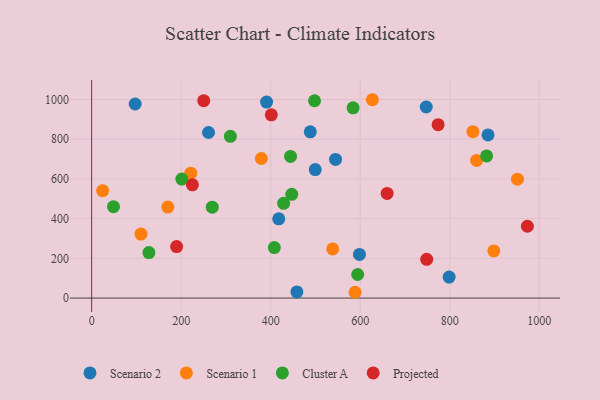
{"axis": {"x": "Distance", "y": "Salary"}, "legend": ["Cluster A", "Projected", "Scenario 1", "Scenario 2"], "data": [{"x": "488.4", "y": 836.8, "type": "Scenario 2"}, {"x": "261.1", "y": 833.7, "type": "Scenario 2"}, {"x": "97.2", "y": 977.1, "type": "Scenario 2"}, {"x": "747.5", "y": 962.0, "type": "Scenario 2"}, {"x": "390.8", "y": 987.0, "type": "Scenario 2"}, {"x": "544.8", "y": 698.2, "type": "Scenario 2"}, {"x": "798.6", "y": 105.8, "type": "Scenario 2"}, {"x": "885.5", "y": 821.4, "type": "Scenario 2"}, {"x": "458.5", "y": 30.8, "type": "Scenario 2"}, {"x": "598.2", "y": 219.7, "type": "Scenario 2"}, {"x": "499.5", "y": 646.7, "type": "Scenario 2"}, {"x": "417.9", "y": 399.1, "type": "Scenario 2"}, {"x": "221.4", "y": 628.7, "type": "Scenario 1"}, {"x": "24.5", "y": 540.5, "type": "Scenario 1"}, {"x": "951.2", "y": 598.4, "type": "Scenario 1"}, {"x": "627.1", "y": 998.6, "type": "Scenario 1"}, {"x": "170.1", "y": 458.0, "type": "Scenario 1"}, {"x": "898.4", "y": 237.6, "type": "Scenario 1"}, {"x": "110.2", "y": 322.3, "type": "Scenario 1"}, {"x": "538.5", "y": 247.5, "type": "Scenario 1"}, {"x": "588.4", "y": 29.2, "type": "Scenario 1"}, {"x": "859.9", "y": 692.8, "type": "Scenario 1"}, {"x": "379.1", "y": 702.7, "type": "Scenario 1"}, {"x": "851.7", "y": 837.7, "type": "Scenario 1"}, {"x": "428.9", "y": 476.9, "type": "Cluster A"}, {"x": "882.4", "y": 715.9, "type": "Cluster A"}, {"x": "408.1", "y": 254.1, "type": "Cluster A"}, {"x": "444.3", "y": 713.3, "type": "Cluster A"}, {"x": "447.0", "y": 522.3, "type": "Cluster A"}, {"x": "48.8", "y": 460.1, "type": "Cluster A"}, {"x": "127.9", "y": 229.3, "type": "Cluster A"}, {"x": "309.9", "y": 814.2, "type": "Cluster A"}, {"x": "201.4", "y": 599.0, "type": "Cluster A"}, {"x": "269.4", "y": 457.7, "type": "Cluster A"}, {"x": "584.0", "y": 957.8, "type": "Cluster A"}, {"x": "497.9", "y": 993.4, "type": "Cluster A"}, {"x": "594.3", "y": 118.6, "type": "Cluster A"}, {"x": "748.5", "y": 194.9, "type": "Projected"}, {"x": "250.4", "y": 993.7, "type": "Projected"}, {"x": "401.4", "y": 922.4, "type": "Projected"}, {"x": "774.0", "y": 873.1, "type": "Projected"}, {"x": "660.1", "y": 527.0, "type": "Projected"}, {"x": "225.1", "y": 570.0, "type": "Projected"}, {"x": "973.4", "y": 361.5, "type": "Projected"}, {"x": "189.8", "y": 259.4, "type": "Projected"}]}